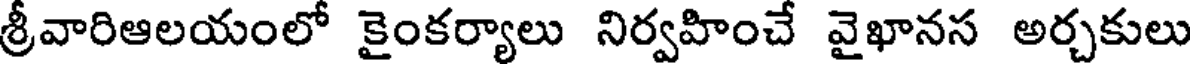
శ్రీవారిఆలయంలో కైంకర్యాలు నిర్వహించే వైఖానస అర్చకులు